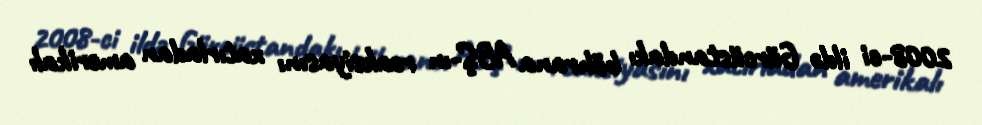
2008-ci ildə Gürcüstandakı böhrana ABŞ-ın reaksiyasını xatırladan amerikalı